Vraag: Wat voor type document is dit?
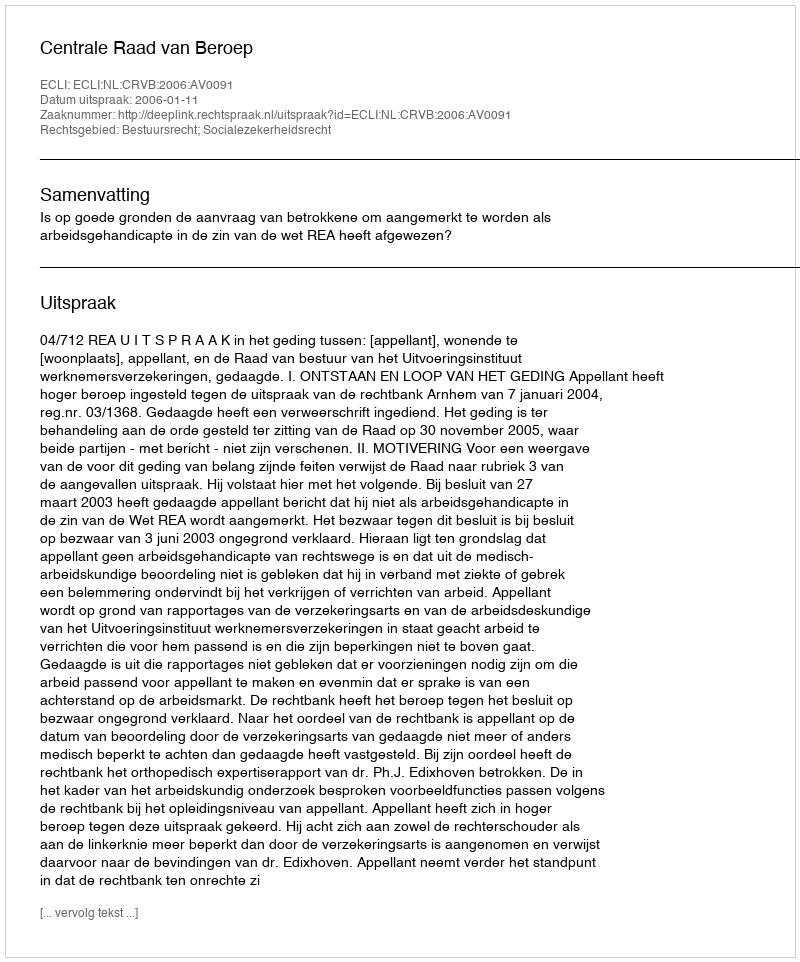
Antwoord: Uitspraak